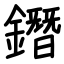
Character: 鐕